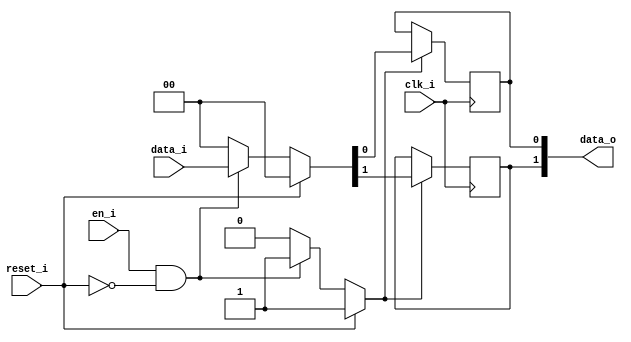
module bsg_dff_reset_en_width_p2_harden_p1
(
  clk_i,
  reset_i,
  en_i,
  data_i,
  data_o
);

  input [1:0] data_i;
  output [1:0] data_o;
  input clk_i;
  input reset_i;
  input en_i;
  wire [1:0] data_o;
  wire N0,N1,N2,N3,N4,N5,N6,N7;
  reg data_o_1_sv2v_reg,data_o_0_sv2v_reg;
  assign data_o[1] = data_o_1_sv2v_reg;
  assign data_o[0] = data_o_0_sv2v_reg;

  always @(posedge clk_i) begin
    if(N3) begin
      data_o_1_sv2v_reg <= N5;
    end 
  end


  always @(posedge clk_i) begin
    if(N3) begin
      data_o_0_sv2v_reg <= N4;
    end 
  end

  assign N3 = (N0)? 1'b1 : 
              (N7)? 1'b1 : 
              (N2)? 1'b0 : 1'b0;
  assign N0 = reset_i;
  assign { N5, N4 } = (N0)? { 1'b0, 1'b0 } : 
                      (N7)? data_i : 1'b0;
  assign N1 = en_i | reset_i;
  assign N2 = ~N1;
  assign N6 = ~reset_i;
  assign N7 = en_i & N6;

endmodule